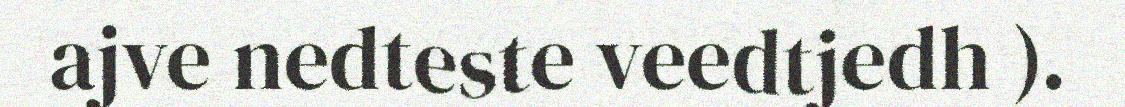
ajve nedteste veedtjedh ).